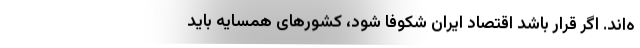
ه­‌اند. اگر قرار باشد اقتصاد ایران شکوفا شود، کشورهای همسایه باید